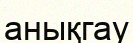
анықгау